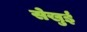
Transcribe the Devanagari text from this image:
सेखुई